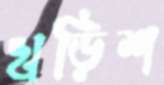
খড়িশ